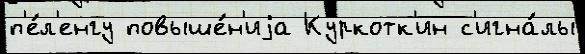
п'е́л'енгу повыше́н'иjа Куркотк'ин с'игна́лы